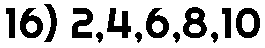
16) 2,4,6,8,10